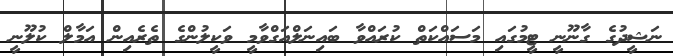
ނަޝީދުގެ ގާނޫނީ ޓީމުގައި މަސައްކަތް ކުރައްވާ ބައިނަލްއަގްވާމީ ވަކީލުންގެ ތެރެއިން އަމާލް ކުލޫނީ